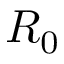
R _ { 0 }